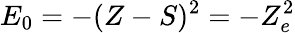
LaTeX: E_{0}=-(Z-S)^{2}=-Z_{e}^{2}